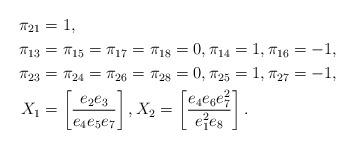
LaTeX: \begin{align*} \pi_{21}&=1, \\ \pi_{13}&=\pi_{15}=\pi_{17}=\pi_{18}=0, \pi_{14}=1, \pi_{16}=-1, \\ \pi_{23}&=\pi_{24}=\pi_{26}=\pi_{28}=0, \pi_{25}=1, \pi_{27}=-1, \\ X_1 &= \left[ \frac{e_2 e_3}{e_4 e_5 e_7} \right], X_2 = \left[ \frac{e_4 e_6 e_7^2}{e_1^2 e_8} \right].\end{align*}